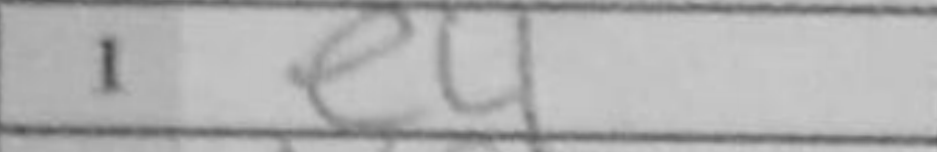
Transcription: e4